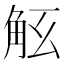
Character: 𧣎